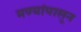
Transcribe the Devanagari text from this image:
मण्यांपासून